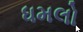
ધમલો